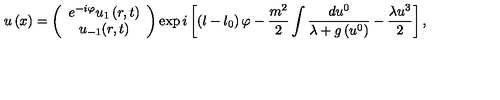
u \left( x \right) = \left( \begin{array} { c } { e ^ { - i \varphi } u _ { 1 } \left( r , t \right) } \\ { u _ { - 1 } ( r , t ) } \\ \end{array} \right) \exp i \left[ \left( l - l _ { 0 } \right) \varphi - \frac { m ^ { 2 } } { 2 } \int \frac { d u ^ { 0 } } { \lambda + g \left( u ^ { 0 } \right) } - \frac { \lambda u ^ { 3 } } { 2 } \right] ,